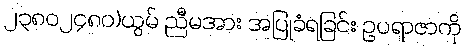
၂၃၈၀၂၄၈၀)ယွမ် ညီမအား အပြုခံရခြင်း ဥပရာဇာကို